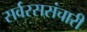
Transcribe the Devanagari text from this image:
सर्वरससंचारी